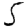
Digit: 5